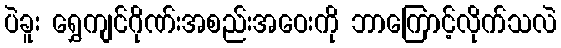
ပဲခူး ရွှေကျင်ဂိုဏ်းအစည်းအဝေးကို ဘာကြောင့်လိုက်သလဲ